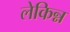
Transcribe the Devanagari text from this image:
लेकिन्न